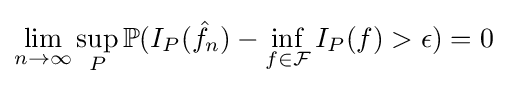
\lim _{n\rightarrow \infty }\sup _{P}\mathbb {P} (I_{P}({\hat {f}}_{n})-\inf _{f\in {\mathcal {F}}}I_{P}(f)>\epsilon )=0